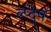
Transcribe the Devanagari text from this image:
ल्प्द्प